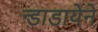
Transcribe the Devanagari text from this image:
न्डाडायेने